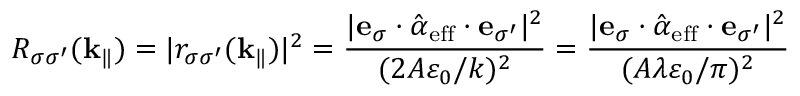
R _ { \sigma \sigma ^ { \prime } } ( \mathbf { k } _ { \| } ) = | r _ { \sigma \sigma ^ { \prime } } ( \mathbf { k } _ { \| } ) | ^ { 2 } = \frac { | \mathbf { e } _ { \sigma } \cdot \hat { \boldsymbol { \alpha } } _ { \mathrm { e f f } } \cdot \mathbf { e } _ { \sigma ^ { \prime } } | ^ { 2 } } { ( 2 A \varepsilon _ { 0 } / k ) ^ { 2 } } = \frac { | \mathbf { e } _ { \sigma } \cdot \hat { \boldsymbol { \alpha } } _ { \mathrm { e f f } } \cdot \mathbf { e } _ { \sigma ^ { \prime } } | ^ { 2 } } { ( A \lambda \varepsilon _ { 0 } / \pi ) ^ { 2 } }